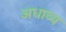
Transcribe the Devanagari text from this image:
अधाव्य